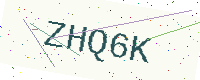
Text: ZHQ6K